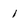
Character: 1